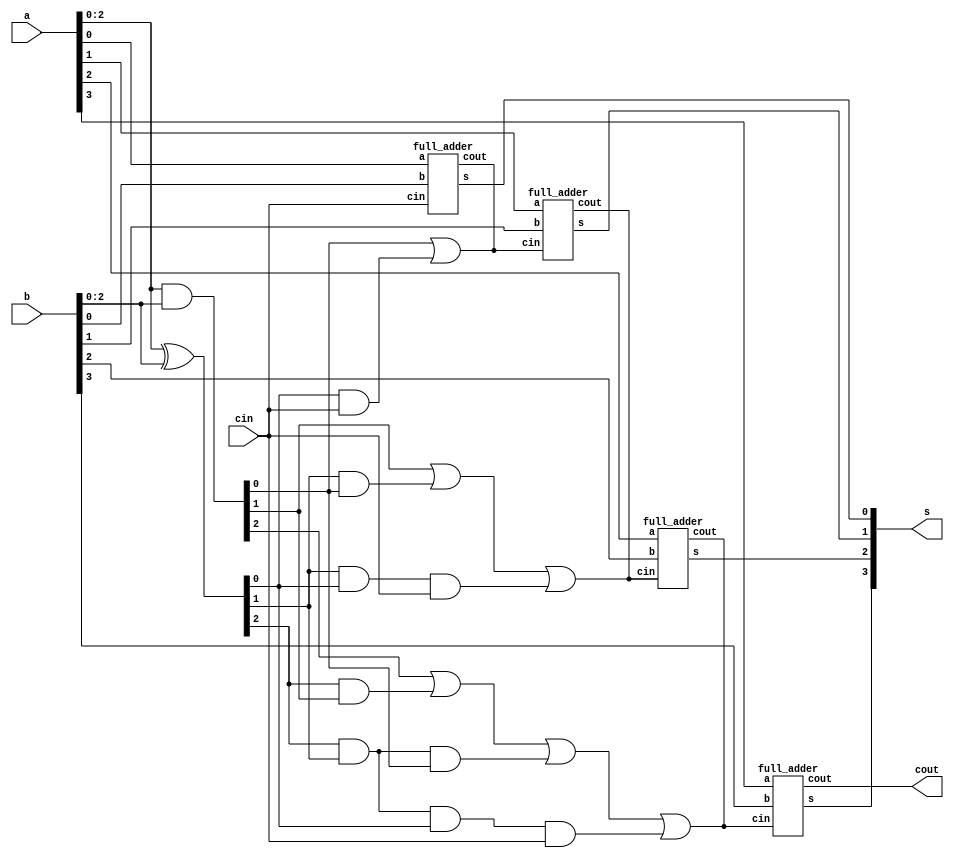
module carry_lookahead_adder (
    input [3:0] a, b, input cin, output [3:0] s, output cout
);
    wire c1, c2, c3;
    wire [2:0] p, g;
    
    assign p = a ^ b;
    assign g = a & b;

    assign c1 = g[0] | (p[0]&cin);
    assign c2 = g[1] | (p[1]&g[0]) | (p[1]&p[0]&cin);
    assign c3 = g[2] | (p[2]&g[1]) | (p[2]&p[1]&g[0]) | (p[2]&p[1]&p[0]&cin);

    full_adder f1(.a(a[0]), .b(b[0]), .cin(cin), .s(s[0]), .cout(c1));
    full_adder f2(.a(a[1]), .b(b[1]), .cin(c1), .s(s[1]), .cout(c2));
    full_adder f3(.a(a[2]), .b(b[2]), .cin(c2), .s(s[2]), .cout(c3));
    full_adder f4(.a(a[3]), .b(b[3]), .cin(c3), .s(s[3]), .cout(cout));

endmodule

module full_adder (
    input a, input b, input cin, output s, output cout
);
   assign s = a ^ b ^ cin;
   assign cout = (a & b) | (b & cin) | (cin & a); 
endmodule